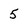
Character: 5